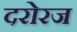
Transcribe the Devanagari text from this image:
दरोरज